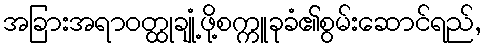
အခြားအရာဝတ္ထုချုံ့ဖို့စက္ကူခုခံ၏စွမ်းဆောင်ရည်,